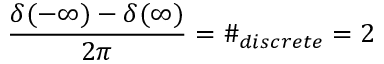
\frac { \delta ( - \infty ) - \delta ( \infty ) } { 2 \pi } = \# _ { d i s c r e t e } = 2